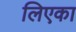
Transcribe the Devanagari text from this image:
लिएका